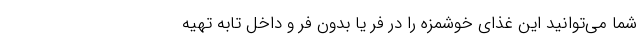
شما‌ می‌توانید این غذای خوشمزه را در فر یا بدون فر و داخل تابه تهیه